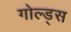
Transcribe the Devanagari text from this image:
गोल्ड्स